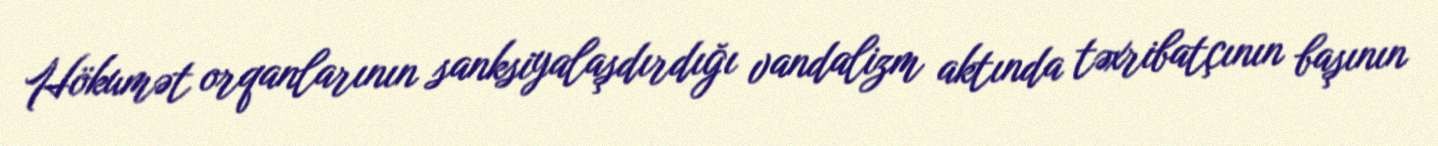
Hökumət orqanlarının sanksiyalaşdırdığı vandalizm aktında təxribatçının başının